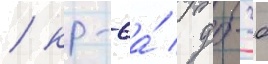
/ кр-6а́ / дб-3б